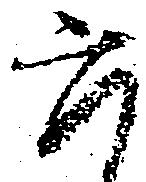
六